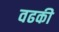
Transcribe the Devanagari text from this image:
वढकी